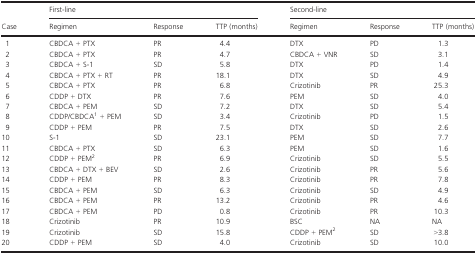
<table><thead><tr><td></td><td colspan="3"><b>First-line</b></td><td colspan="3"><b>Second-line</b></td></tr><tr><td><b>Case</b></td><td><b>Regimen</b></td><td><b>Response</b></td><td><b>TTP (months)</b></td><td><b>Regimen</b></td><td><b>Response</b></td><td><b>TTP (months)</b></td></tr></thead><tbody><tr><td>1</td><td>CBDCA + PTX</td><td>PR</td><td>4.4</td><td>DTX</td><td>PD</td><td>1.3</td></tr><tr><td>2</td><td>CBDCA + PTX</td><td>PR</td><td>4.7</td><td>CBDCA + VNR</td><td>SD</td><td>3.1</td></tr><tr><td>3</td><td>CBDCA + S-1</td><td>SD</td><td>5.8</td><td>DTX</td><td>PD</td><td>1.4</td></tr><tr><td>4</td><td>CBDCA + PTX + RT</td><td>PR</td><td>18.1</td><td>DTX</td><td>SD</td><td>4.9</td></tr><tr><td>5</td><td>CBDCA + PTX</td><td>PR</td><td>6.8</td><td>Crizotinib</td><td>PR</td><td>25.3</td></tr><tr><td>6</td><td>CDDP + DTX</td><td>PR</td><td>7.6</td><td>PEM</td><td>SD</td><td>4.0</td></tr><tr><td>7</td><td>CBDCA + PEM</td><td>SD</td><td>7.2</td><td>DTX</td><td>SD</td><td>5.4</td></tr><tr><td>8</td><td>CDDP/CBDCA1 + PEM</td><td>SD</td><td>3.4</td><td>Crizotinib</td><td>PD</td><td>1.5</td></tr><tr><td>9</td><td>CDDP + PEM</td><td>PR</td><td>7.5</td><td>DTX</td><td>SD</td><td>2.6</td></tr><tr><td>10</td><td>S-1</td><td>SD</td><td>23.1</td><td>PEM</td><td>SD</td><td>7.7</td></tr><tr><td>11</td><td>CBDCA + PTX</td><td>SD</td><td>6.3</td><td>PEM</td><td>SD</td><td>1.6</td></tr><tr><td>12</td><td>CDDP + PEM2</td><td>PR</td><td>6.9</td><td>Crizotinib</td><td>SD</td><td>5.5</td></tr><tr><td>13</td><td>CBDCA + DTX + BEV</td><td>SD</td><td>2.6</td><td>Crizotinib</td><td>PR</td><td>5.6</td></tr><tr><td>14</td><td>CDDP + PEM</td><td>PR</td><td>8.3</td><td>Crizotinib</td><td>PR</td><td>7.8</td></tr><tr><td>15</td><td>CBDCA + PEM</td><td>SD</td><td>6.3</td><td>Crizotinib</td><td>SD</td><td>4.9</td></tr><tr><td>16</td><td>CBDCA + PEM</td><td>PR</td><td>13.2</td><td>Crizotinib</td><td>PR</td><td>4.6</td></tr><tr><td>17</td><td>CBDCA + PEM</td><td>PD</td><td>0.8</td><td>Crizotinib</td><td>PR</td><td>10.3</td></tr><tr><td>18</td><td>Crizotinib</td><td>PR</td><td>10.9</td><td>BSC</td><td>NA</td><td>NA</td></tr><tr><td>19</td><td>Crizotinib</td><td>SD</td><td>15.8</td><td>CDDP + PEM2</td><td>SD</td><td>&gt;3.8</td></tr><tr><td>20</td><td>CDDP + PEM</td><td>SD</td><td>4.0</td><td>Crizotinib</td><td>SD</td><td>10.0</td></tr></tbody></table>